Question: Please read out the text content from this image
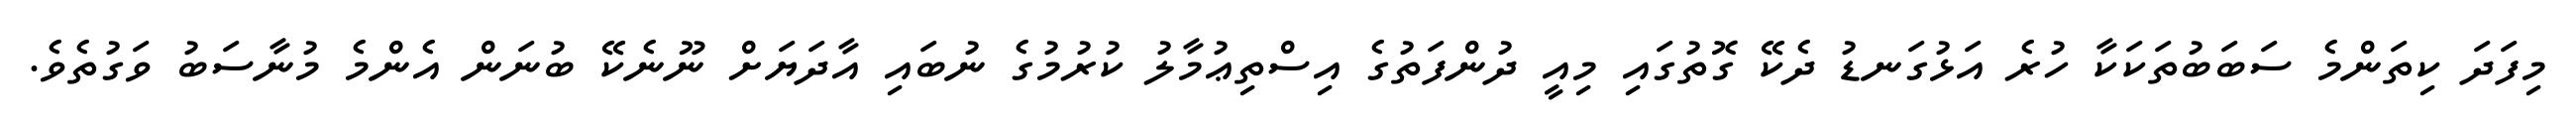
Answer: މިފަދަ ކިތަންމެ ސަބަބުތަކަކާ ހުރެ އަޅުގަނޑު ދެކޭ ގޮތުގައި މިއީ ދުންފަތުގެ އިސްތިޢުމާލު ކުރުމުގެ ނުބައި އާދަޔަށް ނޫނެކޭ ބުނަން އެންމެ މުނާސަބު ވަގުތެވެ.